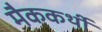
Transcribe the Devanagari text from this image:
मैककर्थी